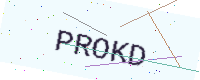
Text: PROKD